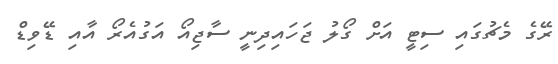
ރޭގެ މެޗުގައި ސިޓީ އަށް ގޯލު ޖަހައިދިނީ ސާޖިއޯ އަގުއެރޯ އާއި ޑޭވިޑް